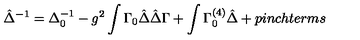
\hat { \Delta } ^ { - 1 } = \Delta _ { 0 } ^ { - 1 } - g ^ { 2 } \int \Gamma _ { 0 } \hat { \Delta } \hat { \Delta } \Gamma + \int \Gamma _ { 0 } ^ { ( 4 ) } \hat { \Delta } + p i n c h t e r m s